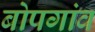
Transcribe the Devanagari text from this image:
बोपगांव